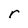
Character: r